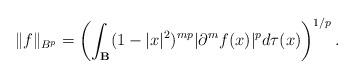
LaTeX: \begin{align*}\|f\|_{B^{p}}=\left(\int_{\mathbf{B}}(1-|x|^{2})^{mp}|\partial^{m}f(x)|^{p}d\tau(x)\right)^{1/p}.\end{align*}